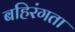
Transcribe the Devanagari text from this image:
बहिरंगता